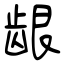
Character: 龈